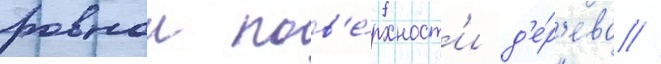
ровнои пов'е́рхност'и д'е́р'ева //